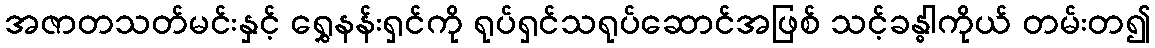
အဇာတသတ်မင်းနှင့် ရွှေနန်းရှင်ကို ရုပ်ရှင်သရုပ်ဆောင်အဖြစ် သင့်ခန္ဓါကိုယ် တမ်းတ၍